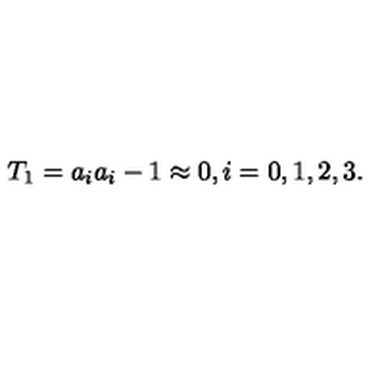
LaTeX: T _ { 1 } = a _ { i } a _ { i } - 1 \approx 0 , i = 0 , 1 , 2 , 3 .